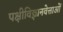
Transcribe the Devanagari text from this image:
पक्षीविज्ञानवेत्ताओं